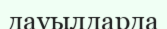
дауылдарда